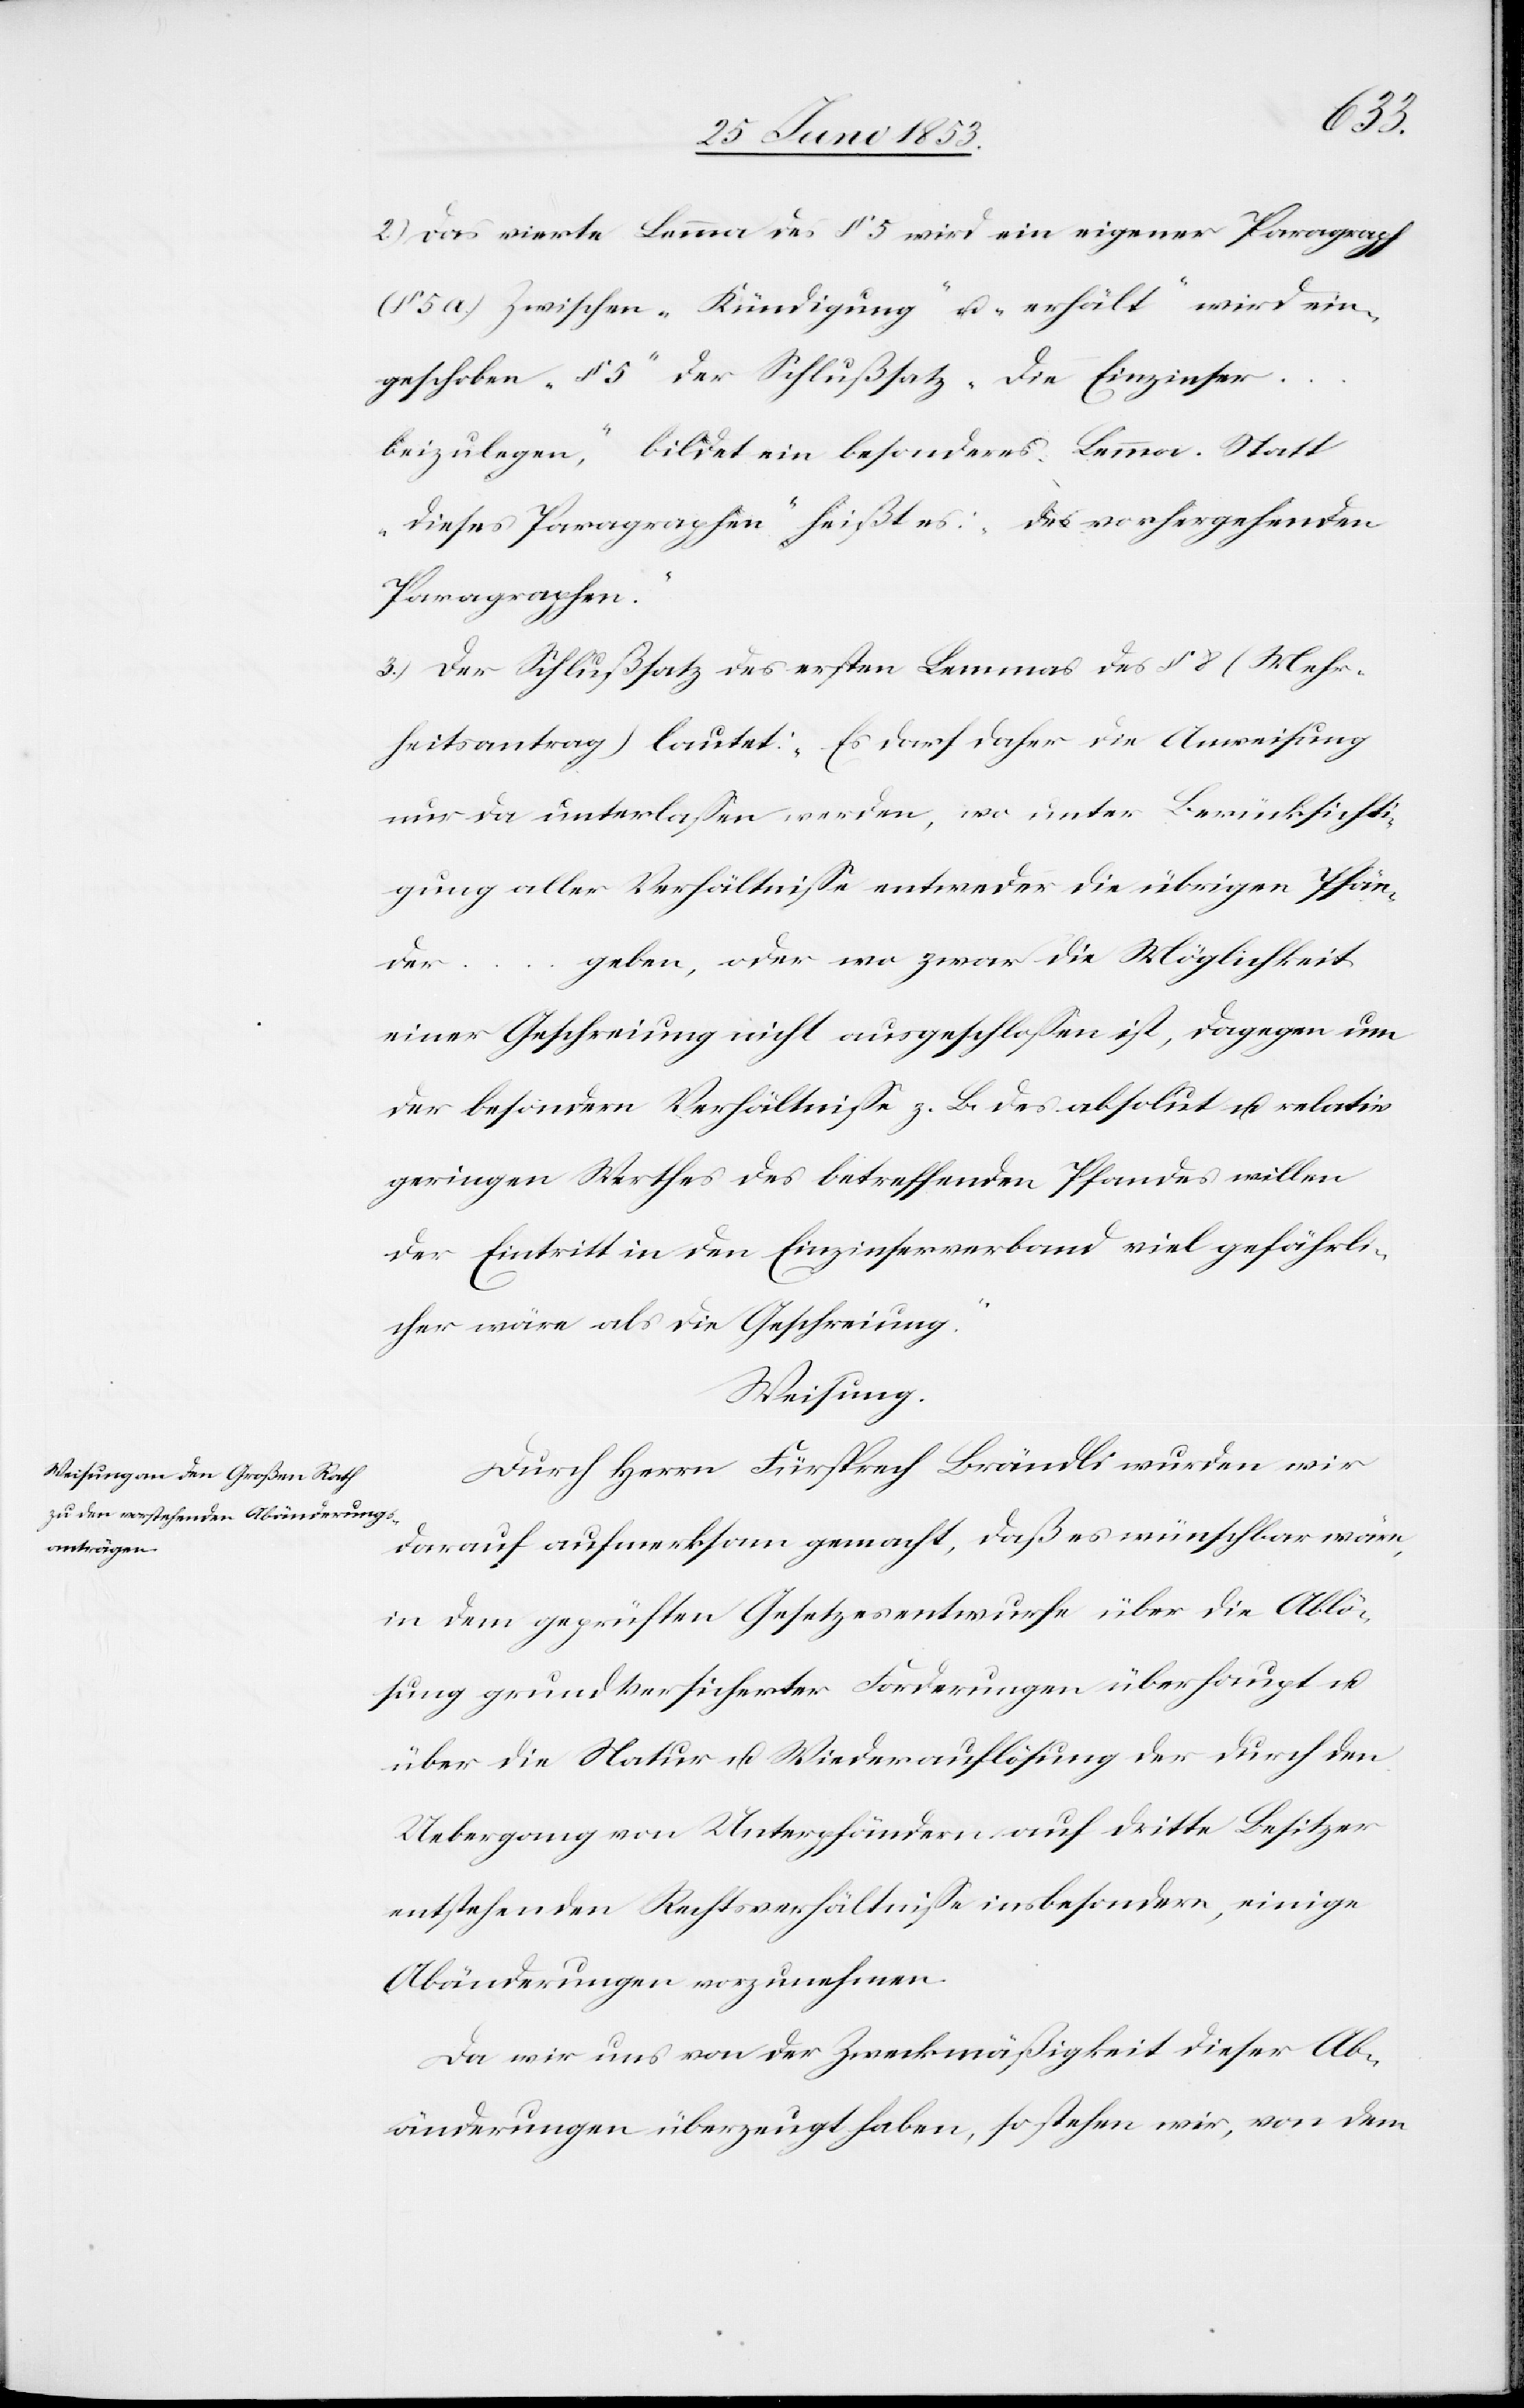
2.) Das vierte Lemma des § 5 wird ein eigener Paragraph
5a) Zwischen „Kündigung“ u. „erhält“ wird ein¬
geschoben „§ 5“ der Schlußsatz „Die Einzieher
beizulegen,“ bildet ein besonderes Lemma. Statt
„dieses Paragraphen“ heißt es: „des vorhergehenden
Paragraphen.“
3.) Der Schlußsatz des ersten Lemmas des § 8 (Mehr¬
heitsantrag) lautet: „Es darf daher die Anweisung
nur da unterlaßen werden, wo unter Berücksichti¬
gung aller Verhältniße entweder die übrigen Pfän¬
…geben, oder wo zwar die Möglichkeit
nder¬
einer Geschreiung [sic!] nicht ausgeschloßen ist, dagegen um
der besondern Verhältniße z. B. des absolut u. relativ
geringern Werthes des betreffenden Pfandes willen
der Eintritt in den Einzinserverband viel gefährli¬
cher wäre als die Geschreiung.“
Weisung.
Durch Herrn Fürsprech Brändli wurden wir
darauf aufmerksam gemacht, daß es wünschbar wäre,
in dem geprüften Gesetzesentwurfe über die Abä¬
ung grundversicherter Forderungen überhaupt u.
über die Natur u. Wiederauflösung der durch den
Uebergang von Unterpfändern auf dritte Besitzer
entstehenden Rechtsverhältniße insbesondere, einige
Abänderungen vorzunehmen.
Da wir uns von der Zweckmäßigkeit dieser Ab¬
änderungen überzeugt haben, so stehen wir, von dem